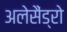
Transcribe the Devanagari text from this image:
अलेसैंड्रो